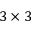
3 \times 3